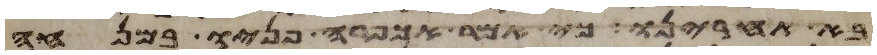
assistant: בא אחרינו כי אמר אכפרה פניו במנחה